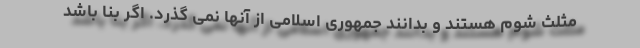
مثلث شوم هستند و بدانند جمهوری اسلامی از آنها نمی گذرد. اگر بنا باشد